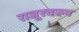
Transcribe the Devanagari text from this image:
राजूरवरून